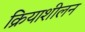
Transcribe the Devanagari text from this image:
क्रियाशीलन